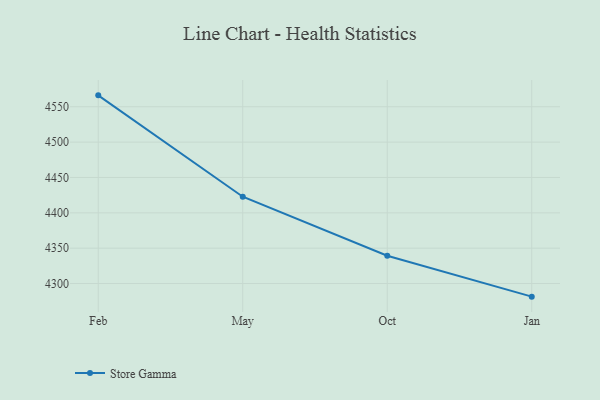
{"axis": {"x": "Month", "y": "Tickets Resolved"}, "legend": ["Store Gamma"], "data": [{"x": "Feb", "y": 4566.1, "type": "Store Gamma"}, {"x": "May", "y": 4422.8, "type": "Store Gamma"}, {"x": "Oct", "y": 4339.3, "type": "Store Gamma"}, {"x": "Jan", "y": 4281.5, "type": "Store Gamma"}]}